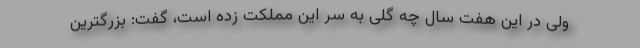
ولی در این هفت سال چه گلی به سر این مملکت زده است، گفت: بزرگترین